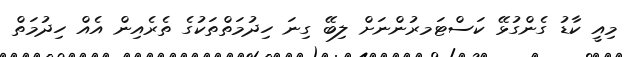
މިއީ ކާޑު ގެންގުޅޭ ކަސްޓަމރުންނަށް ލިބޭ ގިނަ ހިދުމަތްތަކުގެ ތެރެއިން އެއް ހިދުމަތް